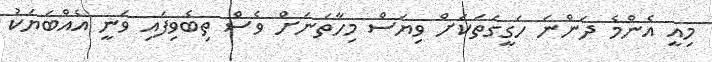
މިއީ އެންމެ ދަންނަ ހަގީގަތަކަށް ވިޔަސް މިހާތަނަށް ވެސް ތިބެވިފައި ވަނީ އެއްބަޔަކު